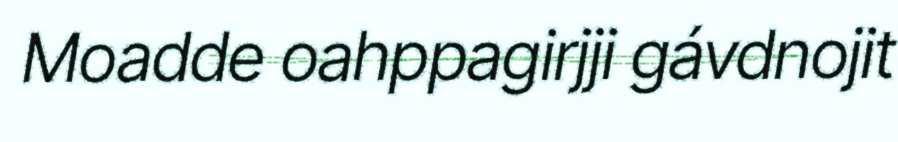
Moadde oahppagirjji gávdnojit